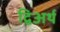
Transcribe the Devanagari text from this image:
द्विअर्थ